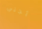
أجني